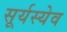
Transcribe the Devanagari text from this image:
सूर्यस्येव